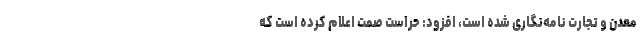
معدن و تجارت نامه‌نگاری شده است، افزود: حراست صمت اعلام کرده است که